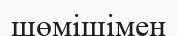
шөмішімен